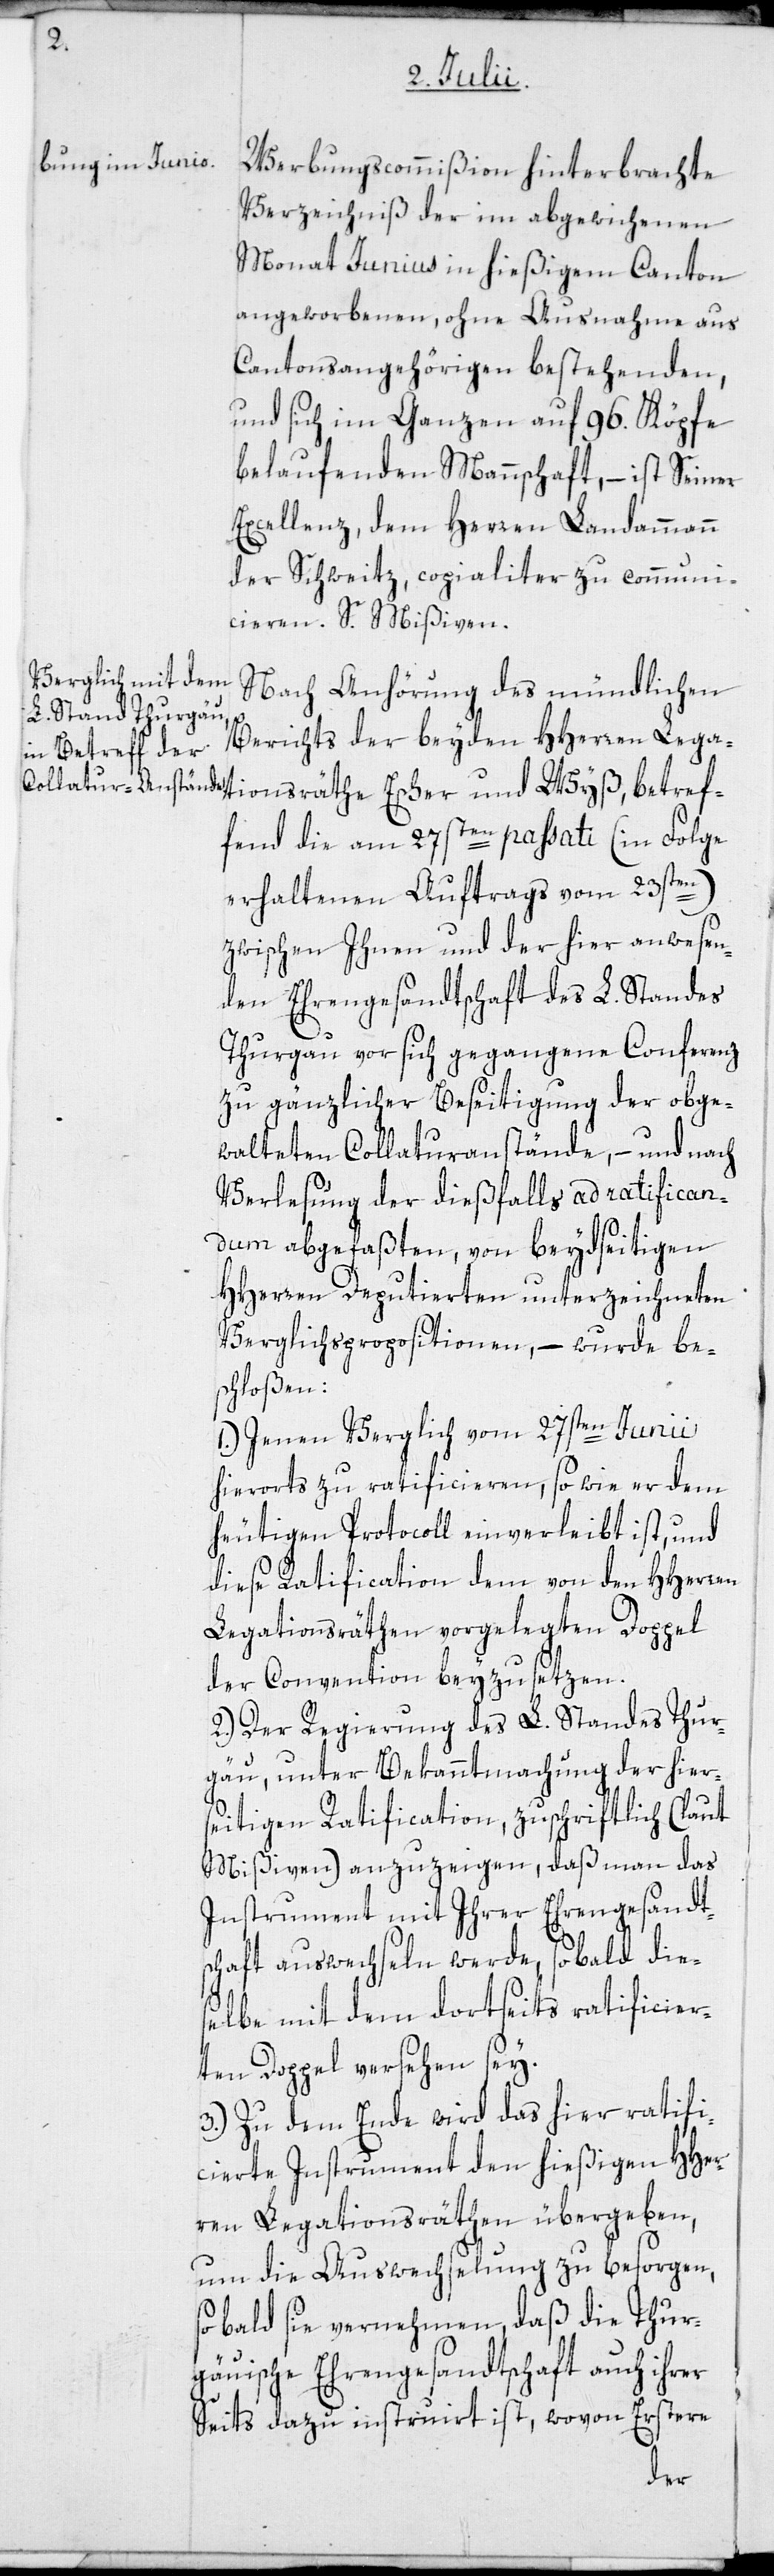
tionsräthe
Werbungscommißion hinterbrachte
Verzeichniß der im abgewichenen
Monat Junius in hießigem Canton
angeworbenen, ohne Ausnahme aus
Cantonsangehörigen bestehenden,
und sich im Ganzen auf 96. Köpfe
belaufenden Mannschaft, – ist Seiner
Excellenz dem Herren Landammann
der Schweitz, copialiter zu communi¬
cieren. S. Mißiven.
Nach Anhörung des mündlichen
Berichts der beyden HHerren Lega¬
fend die am 27sten passati (in Folge
erhaltenen Auftrags vom 23sten)
zwischen Ihnen und der hier anwesen¬
den Ehrengesandtschaft des L. Standes
Thurgau vor sich gegangene Conferenz
zu gänzlicher Beseitigung der obge¬
walteten Collaturanstände, – und nach
Verlesung der dießfalls ad ratifican¬
dum abgefaßten, von beydseitigen
HHerren Deputierten unterzeichneten
Verglichspropositionen, – wurde be¬
schloßen:
1.) Jenen Verglich vom 27sten Junii
hierorts zu ratificieren, so wie er dem
heutigen Protocoll einverleibt ist, und
diese Ratification dem von den HHerren
Legationsräthen vorgelegten Doppel
der Convention beyzusetzen.
2.) Der Regierung des L. Standes Thur¬
gau, unter Bekanntmachung der hier¬
seitigen Ratification, zuschriftlich (laut
Mißiven) anzuzeigen, daß man das
Instrument mit Ihrer Ehrengesandt¬
schaft auswechseln werde, sobald dies¬
elbe mit dem dortseits ratificier¬
ten Doppel versehen sey.
3.) Zu dem Ende wird das hier ratifi¬
cierte Instrument den hießigen HHer¬
ren Legationsräthen übergeben,
um die Auswechselung zu besorgen,
sobald sie vernehmen, daß die Thur¬
gäuische Ehrengesandtschaft auch ihrer
Seits dazu instruirt ist, wovon Erstere
ef¬